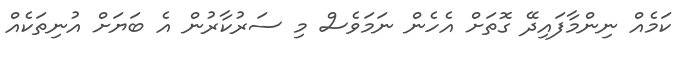
ކަމެއް ނިންމާފައިދޭ ގޮތަށް އެހެން ނަމަވެސް މި ސަރުކާރުން އެ ބަޔަށް އުނިތަކެއް